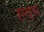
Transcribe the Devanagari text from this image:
सन्द्रभ